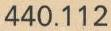
440.112